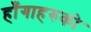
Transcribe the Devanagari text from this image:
हाँगाहरुको